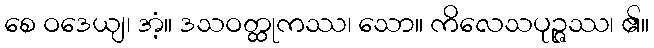
စေ ဝဒေယျ၊ အံ့။ ဒသဝတ္ထုကဿ၊ သော။ ကိလေသပုဉ္ဇဿ၊ ၏။